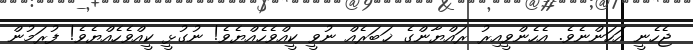
ޖެހެނީ އަހަންނެވެ. އެހެންވީއިރު ރައްޔާންގެ ޚަބަރެއް ނުވީ ކީއްވެހެއްޔެވެ! ނުގުޅީ ކީއްވެހެއްޔެވެ! ފުރަމުން